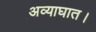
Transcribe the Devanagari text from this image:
अव्याघात।